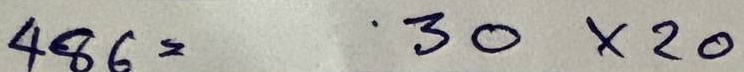
486 = 30 x 20